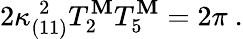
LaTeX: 2\kappa_{(11)}^{\; 2}T_{2}^{\mathbf{M}}T_{5}^{\mathbf{M}}=2\pi\ .